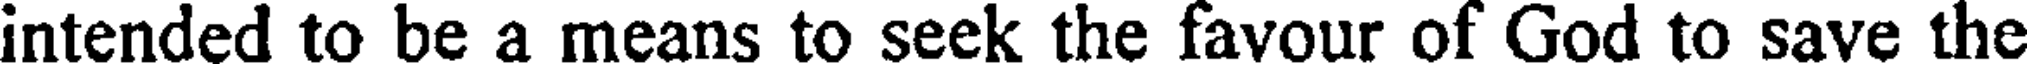
intended to be a means to seek the favour of God to save the